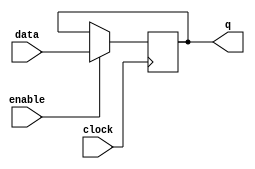
module latch(
    input data, // input data signal
    input enable, // latch enable signal
    input clock, // clock signal
    output reg q // output signal reflecting stored data
);

always @ (posedge clock) begin
    if (enable) begin
        q <= data; // store input data value
    end
end

endmodule